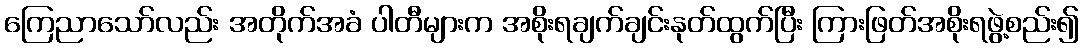
ကြေညာသော်လည်း အတိုက်အခံ ပါတီများက အစိုးရချက်ချင်းနုတ်ထွက်ပြီး ကြားဖြတ်အစိုးရဖွဲ့စည်း၍